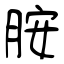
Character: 胺